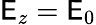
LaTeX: \mathsf{E}_{z}=\mathsf{E}_{0}